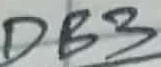
Text: DB3